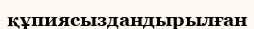
құпиясыздандырылған